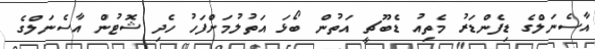
އާސެނަލްގެ ޑިފެންޑަރު މެތިއު ޑެބޫޗީ އަތުން ބޯޅަ އަތުލުމަށްފަހު ހެދި ޝޮޓުން އާސެނަލްގެ